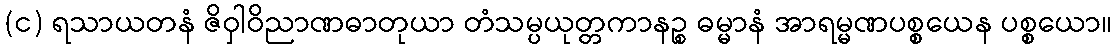
(င) ရသာယတနံ ဇိဝှါဝိညာဏဓာတုယာ တံသမ္ပယုတ္တကာနဉ္စ ဓမ္မာနံ အာရမ္မဏပစ္စယေန ပစ္စယော။